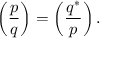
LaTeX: \left( { \frac { p } { q } } \right) = \left( { \frac { q ^ { * } } { p } } \right) .